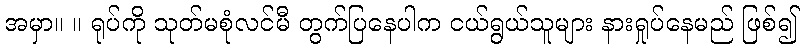
အမှာ။ ။ ရုပ်ကို သုတ်မစုံလင်မီ တွက်ပြနေပါက ငယ်ရွယ်သူများ နားရှုပ်နေမည် ဖြစ်၍